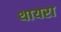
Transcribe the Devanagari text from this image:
थायरा